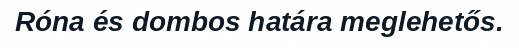
Róna és dombos határa meglehetős.